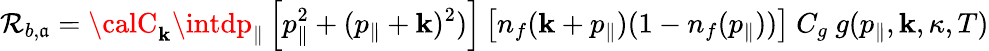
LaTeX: {\cal\mathcal{R}}_{b,\mathfrak{a}}={\calC}_{\mathbf{k}}\intdp_{\parallel}\left[p_{\parallel}^{2}+(p_{\parallel}+\mathbf{k})^{2})\right]\left[n_{f}(\mathbf{k}+p_{\parallel})(1-n_{f}(p_{\parallel}))\right]~C_{g}~g(p_{\parallel},\mathbf{k},\kappa,T)